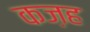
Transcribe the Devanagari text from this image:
कज़ह